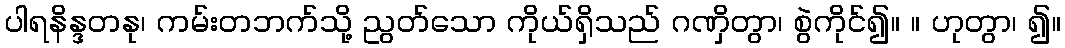
ပါရနိန္ဒတနု၊ ကမ်းတဘက်သို့ ညွတ်သော ကိုယ်ရှိသည် ဂဏှိတွာ၊ စွဲကိုင်၍။ ။ ဟုတွာ၊ ၍။